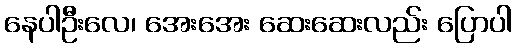
နေပါဦးလေ၊ အေးအေး ဆေးဆေးလည်း ပြောပါ